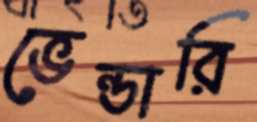
ভেন্ডারি